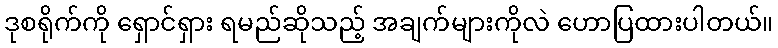
ဒုစရိုက်ကို ရှောင်ရှား ရမည်ဆိုသည့် အချက်များကိုလဲ ဟောပြထားပါတယ်။